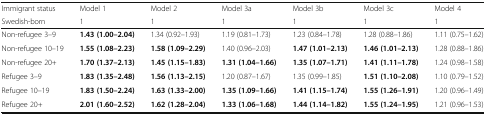
<table><thead><tr><td><b>Immigrant status</b></td><td><b>Model 1</b></td><td><b>Model 2</b></td><td><b>Model 3a</b></td><td><b>Model 3b</b></td><td><b>Model 3c</b></td><td><b>Model 4</b></td></tr><tr><td><b>Swedish-born</b></td><td><b>1</b></td><td><b>1</b></td><td><b>1</b></td><td><b>1</b></td><td><b>1</b></td><td><b>1</b></td></tr></thead><tbody><tr><td>Non-refugee 3–9</td><td><b>1.43 (1.00–2.04)</b></td><td>1.34 (0.92–1.93)</td><td>1.19 (0.81–1.73)</td><td>1.23 (0.84–1.78)</td><td>1.28 (0.88–1.86)</td><td>1.11 (0.75–1.62)</td></tr><tr><td>Non-refugee 10–19</td><td><b>1.55 (1.08–2.23)</b></td><td><b>1.58 (1.09–2.29)</b></td><td>1.40 (0.96–2.03)</td><td><b>1.47 (1.01–2.13)</b></td><td><b>1.46 (1.01–2.13)</b></td><td>1.28 (0.88–1.86)</td></tr><tr><td>Non-refugee 20+</td><td><b>1.70 (1.37–2.13)</b></td><td><b>1.45 (1.15–1.83)</b></td><td><b>1.31 (1.04–1.66)</b></td><td><b>1.35 (1.07–1.71)</b></td><td><b>1.41 (1.11–1.78)</b></td><td>1.24 (0.98–1.58)</td></tr><tr><td>Refugee 3–9</td><td><b>1.83 (1.35–2.48)</b></td><td><b>1.56 (1.13–2.15)</b></td><td>1.20 (0.87–1.67)</td><td>1.35 (0.99–1.85)</td><td><b>1.51 (1.10–2.08)</b></td><td>1.10 (0.79–1.52)</td></tr><tr><td>Refugee 10–19</td><td><b>1.83 (1.50–2.24)</b></td><td><b>1.63 (1.33–2.00)</b></td><td><b>1.35 (1.09–1.66)</b></td><td><b>1.41 (1.15–1.74)</b></td><td><b>1.55 (1.26–1.91)</b></td><td>1.20 (0.96–1.49)</td></tr><tr><td>Refugee 20+</td><td><b>2.01 (1.60–2.52)</b></td><td><b>1.62 (1.28–2.04)</b></td><td><b>1.33 (1.06–1.68)</b></td><td><b>1.44 (1.14–1.82)</b></td><td><b>1.55 (1.24–1.95)</b></td><td>1.21 (0.96–1.53)</td></tr></tbody></table>